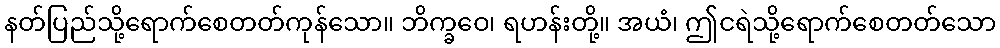
နတ်ပြည်သို့ရောက်စေတတ်ကုန်သော။ ဘိက္ခဝေ၊ ရဟန်းတို့။ အယံ၊ ဤငရဲသို့ရောက်စေတတ်သော